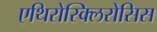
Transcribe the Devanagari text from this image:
एथिरोस्क्लिरोसिस